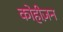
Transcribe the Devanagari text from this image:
कोहीज़न